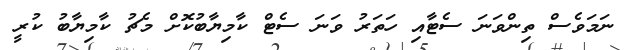
ނަމަވެސް ތިންވަނަ ސެޓާއި ހަތަރު ވަނަ ސެޓް ކާމިޔާބުކޮށް މެޗު ކާމިޔާބު ކުރީ